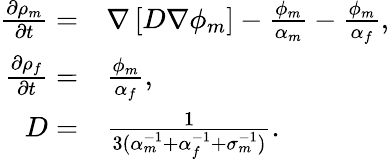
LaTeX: \begin{array}{rl}{\frac{\partial\rho_{m}}{\partial t}=}&{{}\nabla\left[D\nabla\phi_{m}\right]-\frac{\phi_{m}}{\alpha_{m}}-\frac{\phi_{m}}{\alpha_{f}},}\\ {\frac{\partial\rho_{f}}{\partial t}=}&{{}\frac{\phi_{m}}{\alpha_{f}},}\\ {D=}&{{}\frac{1}{3(\alpha_{m}^{-1}+\alpha_{f}^{-1}+\sigma_{m}^{-1})}.}\end{array}